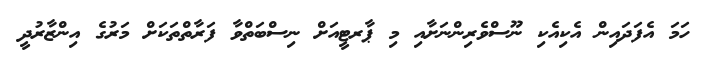
ހަމަ އެފަދައިން އެކިއެކި ނޫސްވެރިންނަށާއި މި ޕާރޓީއަށް ނިސްބަތްވާ ފަރާތްތަކަށް މަރުގެ އިންޒާރުދީ